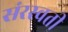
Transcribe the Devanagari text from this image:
संरस्वती